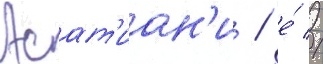
Асат'иан'и / е́ //